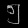
Digit: ၅